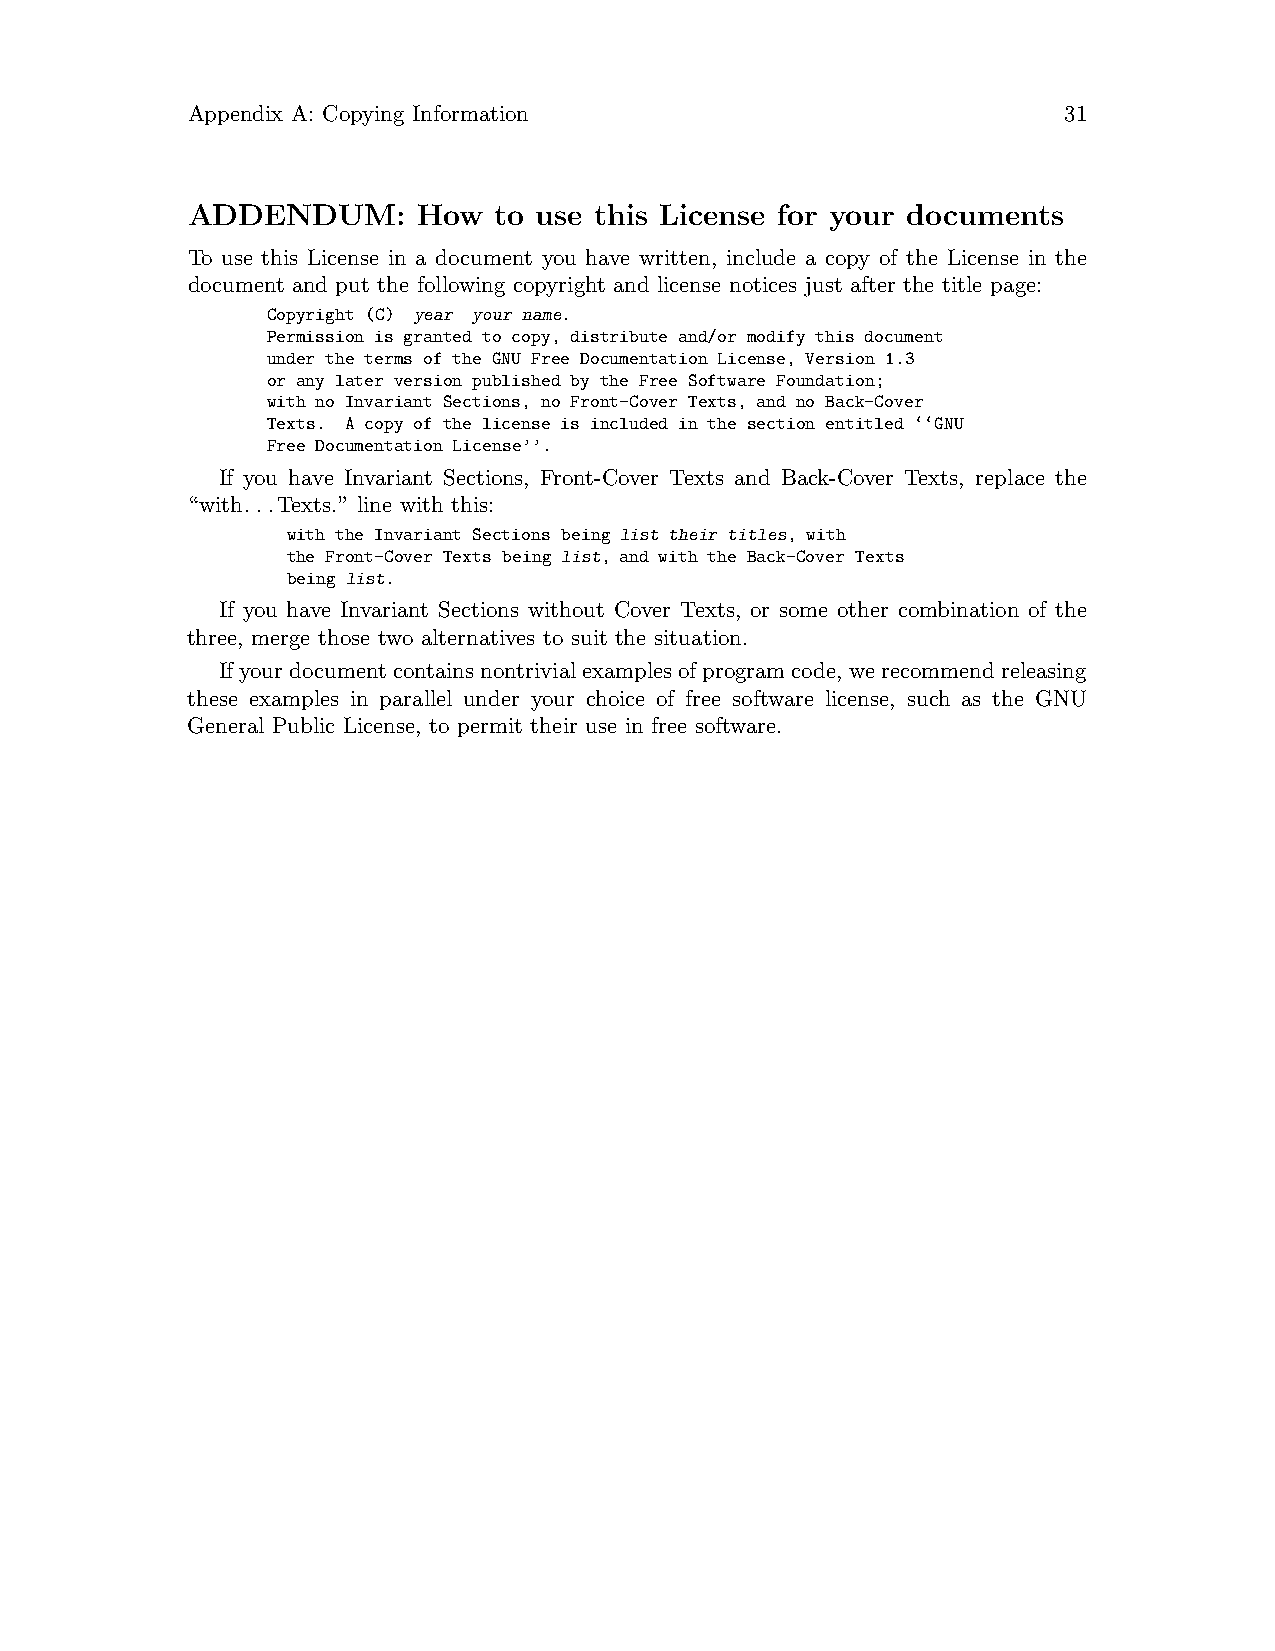
Appendix A: Copying Information                           31
 ADDENDUM:       How  to use this License for your documents
 To use this License in a document you have written, include a copy of the License in the
 document and put the following copyright and license notices just after the title page:
 Copyright (C) year your name.
 Permission is granted to copy, distribute and/or modify this document
 under the terms of the GNU Free Documentation License, Version 1.3
 or any later version published by the Free Software Foundation;
 with no Invariant Sections, no Front-Cover Texts, and no Back-Cover
 Texts. A copy of the license is included in the section entitled ‘‘GNU
 Free Documentation License’’.
 If you have Invariant Sections, Front-Cover Texts and Back-Cover Texts, replace the
 “with...Texts.” line with this:
 with the Invariant Sections being list their titles, with
 the Front-Cover Texts being list, and with the Back-Cover Texts
 being list.
 If you have Invariant Sections without Cover Texts, or some other combination of the
 three, merge those two alternatives to suit the situation.
 Ifyourdocumentcontainsnontrivialexamplesofprogramcode, werecommendreleasing
 these examples in parallel under your choice of free software license, such as the GNU
 General Public License, to permit their use in free software.